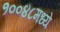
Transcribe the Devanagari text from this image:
१००४८मध्ये